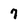
Character: 7